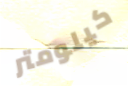
كيلومتر